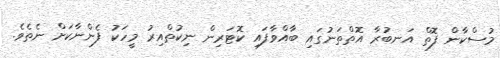
މުސްކާން ފޮތް އަނބުރާ އޮތްތަނުގައި ބާއްވާފައި ކޮޓަރިން ނިކުތްއިރު މީހަކު ފެންނާކަށް ނެތެވެ.